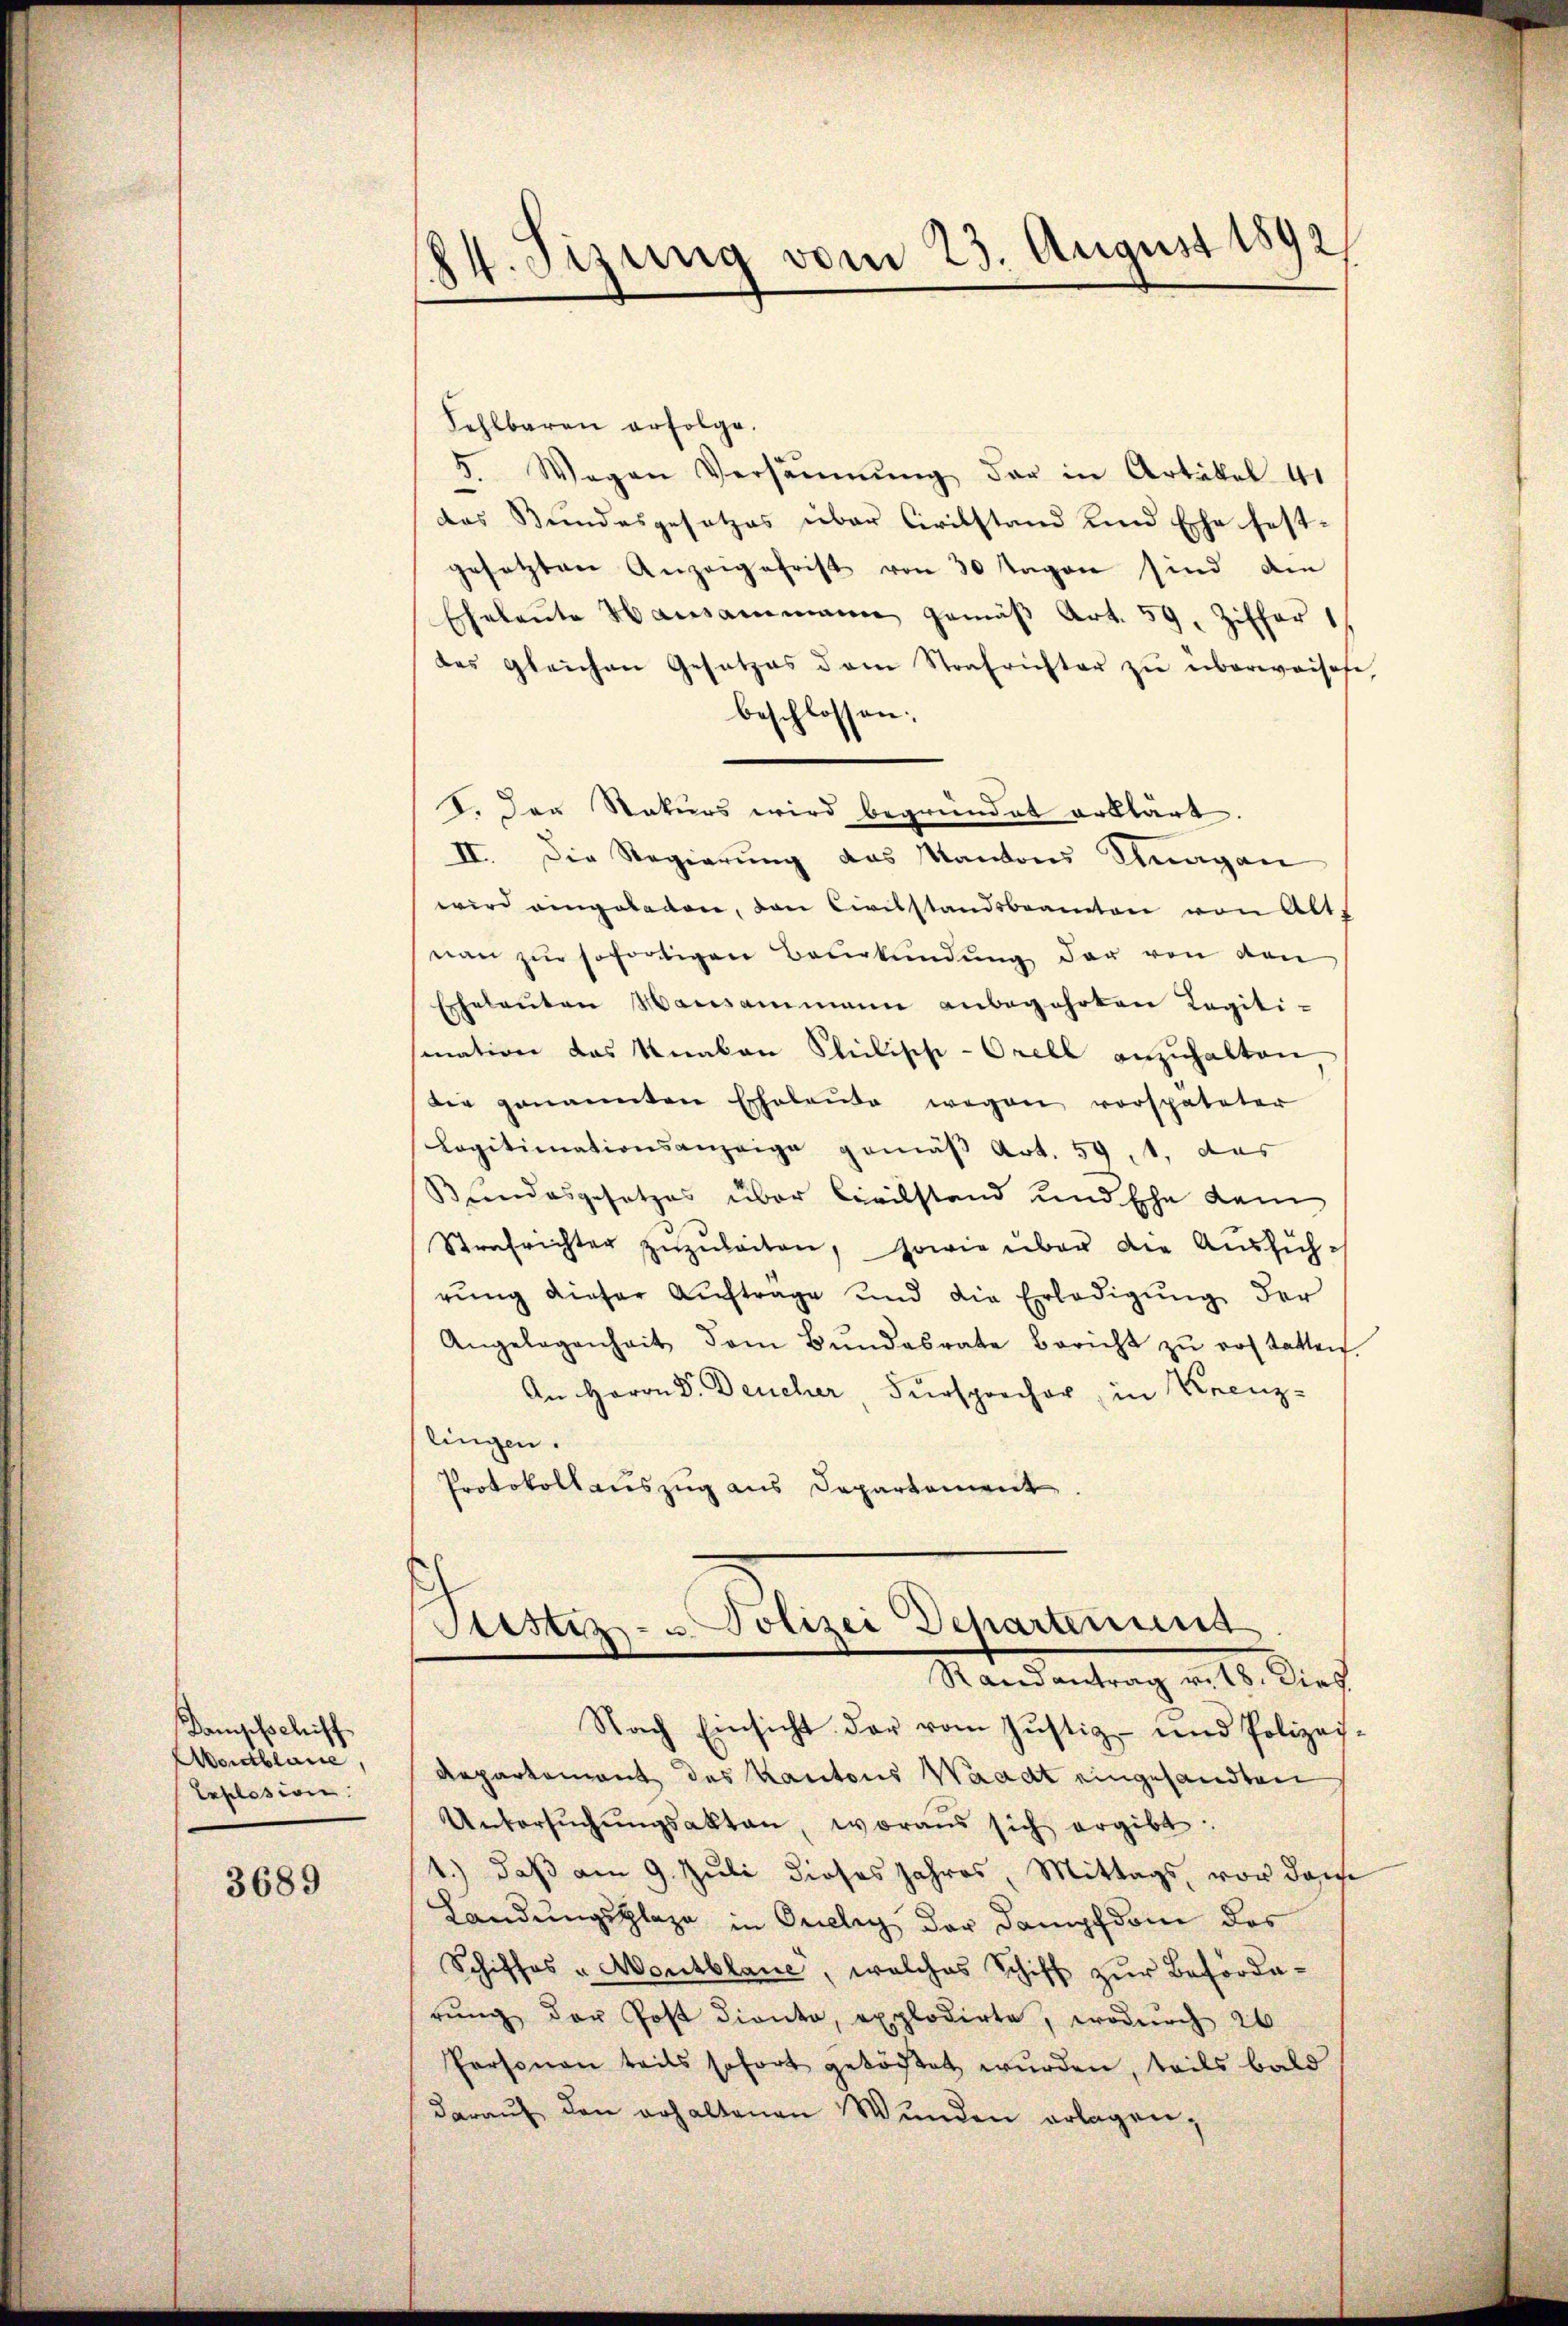
Dampfschiff
Montblane,
Explosion.

3689

84. Sizung vom 23. August 1892

Fehlbaren erfolge.
5. Wegen Versäŭmŭng der in Artikel 41
das Bundesgesetzes über Civilstand und Ehe fest-
gesetzten Anzeigefrist von 30 Tagen sind die
Eheleute Hausammann gemäβ Art. 59. Ziffer
das gleichen Gesetzes dem Strafrichter zŭ überweisehe,
beschlossen:
I. Der Rekurs wird begründet erklärt.
II. Die Regierung das Kantons Aargau
wird eingeladen, den Civilstandsbeamten von Alts
nan zur sofortigen Beurkundung der von den
Eheleuten Hausammann anbegehrten Legiti-
mation das Knaben Philische-Orell anzuhalten
die genannten Erhalaŭte wegen vorspäteter
Legitimationsanzeige gemäß Art. 59, 1, das
Bundesgesetzes über Civilstand und Ehe dem
Strafrichter zuzuleiten, sowie über die Ausführŭng dieser Aŭftrage und die Erledigŭng der
Angelegenheit dem Bŭndesrate bericht zŭ erstatten.
An Herrn Dr. Deucher, Fürsprecher, in Krenz-
lingen.
Protokollauszug aus Departement

Sistiz- u Polizei Departenins
Randantrag v. 18. Dies

Nach Einsicht der vom Justiz- und Polizei-
Repartemont des Kantons Waadt eingesandten
Untersŭchŭngsakten, woraus sich ergibt:
1.) Daß am 9. Juli dieses Jahres, Mittags, vor dass
Landungsplaze in Oreley der Dampfdon des
Schiffes - Montblane, welches Schiff zur Beförderŭng der Post diento, explodirte, wodurch 26
Personen teils sofort gelöstet wurden, teils bald
daraŭf den erhaltenen Wunden erlagen,